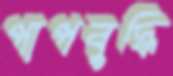
পাপবুদ্ধি